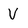
Character: V